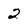
Character: 2